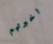
اخبرتهم